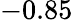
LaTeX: -0.85